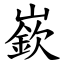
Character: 嶔